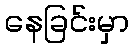
နေခြင်းမှာ